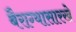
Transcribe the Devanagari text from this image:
बैराग्यासारखे